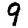
Digit: 9